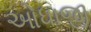
ઓધાજી